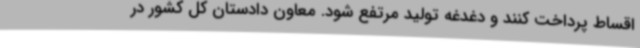
اقساط پرداخت کنند و دغدغه تولید مرتفع شود. معاون دادستان کل کشور در